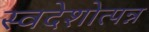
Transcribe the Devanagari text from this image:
स्वदेशोत्पन्न